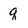
Character: q